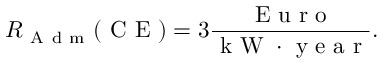
R _ { \mathrm { ~ A ~ d ~ m ~ } } ( \mathrm { ~ C ~ E ~ } ) = 3 \frac { \mathrm { ~ E ~ u ~ r ~ o ~ } } { \mathrm { ~ k ~ W ~ } \cdot \mathrm { ~ y ~ e ~ a ~ r ~ } } .